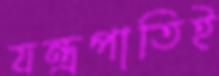
যন্ত্রপাতিই